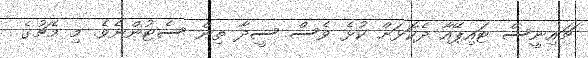
ޗައިނީސް ޓައިޕޭއާ ދެކޮޅަށް ކުޅެ ވެސް ސީދާ ތިން ސެޓުންނެވެ. މި މެޗުގެ